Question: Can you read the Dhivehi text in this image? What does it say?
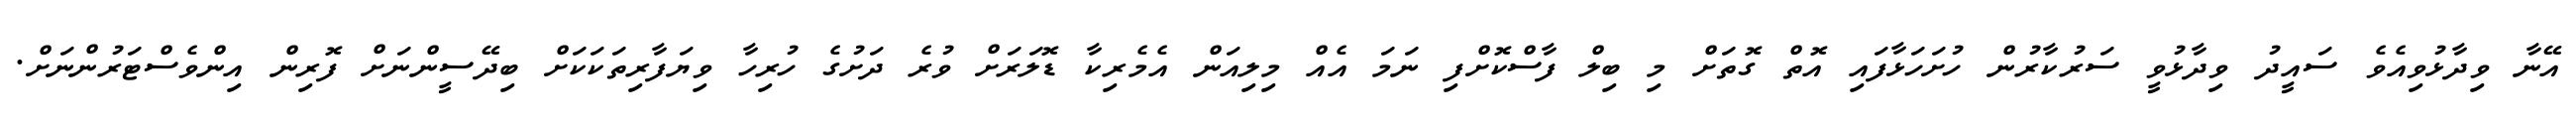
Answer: އޭނާ ވިދާޅުވިއެވެ ސައީދު ވިދާޅުވީ ސަރުކާރުން ހުށަހަޅާފައި އޮތް ގޮތަށް މި ބިލް ފާސްކޮށްފި ނަމަ އެއް މިލިއަން އެމެރިކާ ޑޮލަރަށް ވުރެ ދަށުގެ ހުރިހާ ވިޔަފާރިތަކަކަށް ބިދޭސީންނަށް ފޮރިން އިންވެސްޓަރުންނަށް.